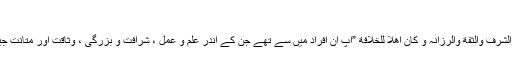
(١)
ذہبی کہتے ہیں :کان احد من جمع بین العلم والعمل والسواد والشرف والثقة والرزانہ و کان اھلا للخلافة ”آپ ان افراد میں سے تھے جن کے اندر علم و عمل ، شرافت و بزرگی ، وثاقت اور متانت جیسی فضیلتیں جمع تھیں اور آپ خلافت کے مستحق تھے ”۔